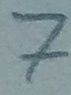
Text: 7